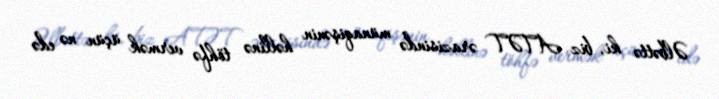
Əlbəttə ki, biz ATƏT ərazisində münaqişənin həllinə töhfə vermək üçün nə edə